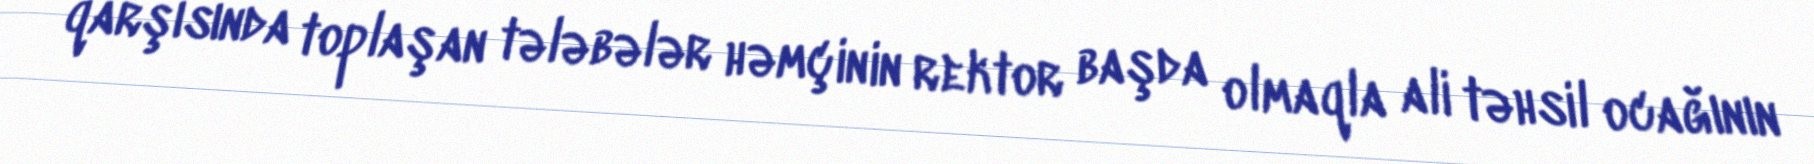
qarşısında toplaşan tələbələr həmçinin rektor başda olmaqla ali təhsil ocağının